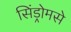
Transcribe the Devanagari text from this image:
सिंड्रोमसे